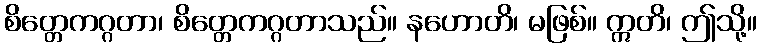
စိတ္တေကဂ္ဂတာ၊ စိတ္တေကဂ္ဂတာသည်။ နဟောတိ၊ မဖြစ်။ ဣတိ၊ ဤသို့။